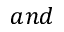
a n d